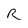
Character: R